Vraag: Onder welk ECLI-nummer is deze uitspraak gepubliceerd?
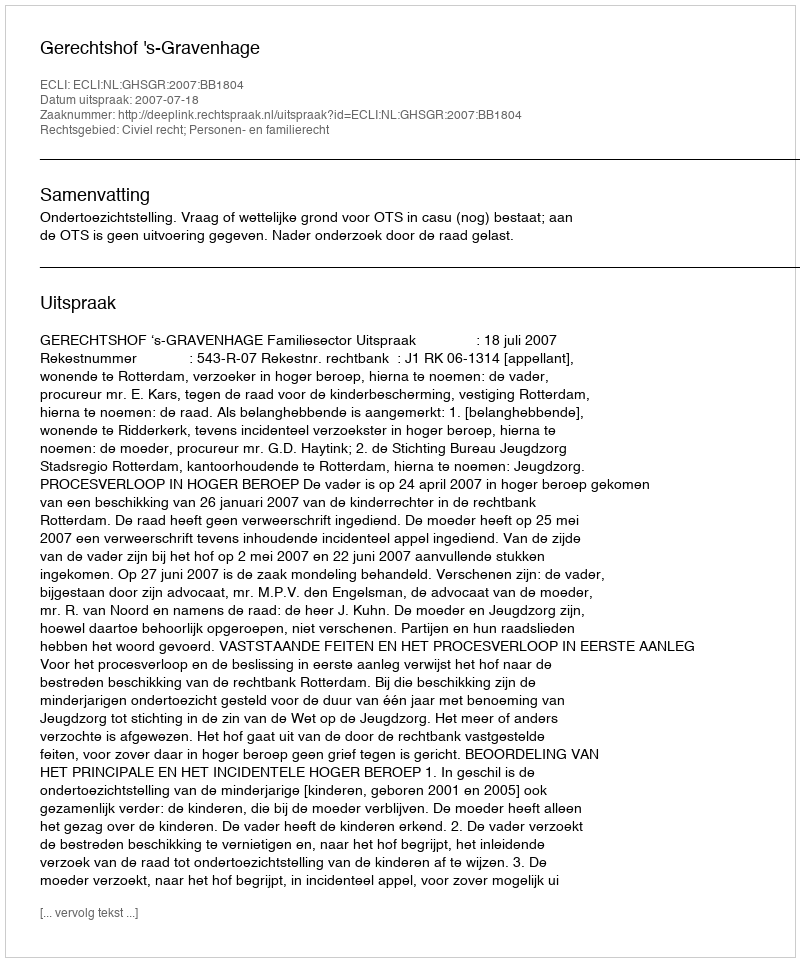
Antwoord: ECLI:NL:GHSGR:2007:BB1804